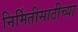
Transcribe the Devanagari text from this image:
निर्मितीसाठीच्या